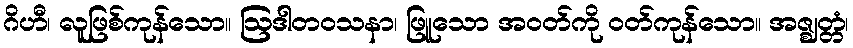
ဂိဟီ၊ လူဖြစ်ကုန်သော။ ဩဒါတဝသနာ၊ ဖြူသော အဝတ်ကို ဝတ်ကုန်သော။ အဇ္ဈတ္တံ၊